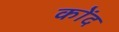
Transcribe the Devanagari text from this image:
कोंद